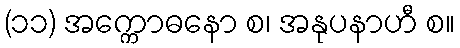
(၁၁) အက္ကောဓနော စ၊ အနုပနာဟီ စ။